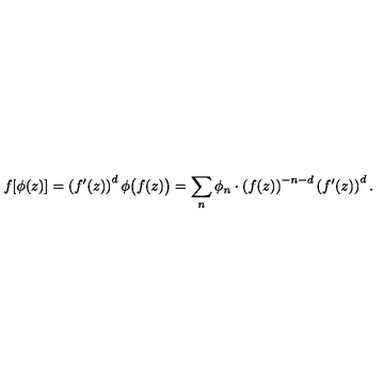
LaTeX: f [ \phi ( z ) ] = \left( f ^ { \prime } ( z ) \right) ^ { d } \phi \bigl ( f ( z ) \bigr ) = \sum _ { n } \phi _ { n } \cdot \left( f ( z ) \right) ^ { - n - d } \left( f ^ { \prime } ( z ) \right) ^ { d } .